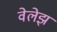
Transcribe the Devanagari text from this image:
वेलेझ